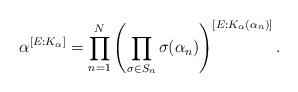
LaTeX: \begin{align*} \alpha^{[E:K_\alpha]} = \prod_{n=1}^N \left(\prod_{\sigma\in S_n}\sigma(\alpha_n)\right)^{[E:K_\alpha(\alpha_n)]}.\end{align*}